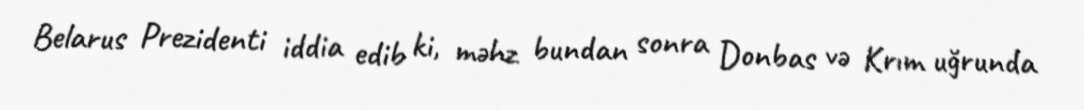
Belarus Prezidenti iddia edib ki, məhz bundan sonra Donbas və Krım uğrunda